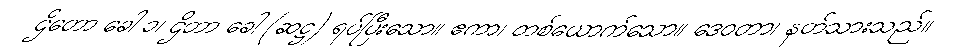
ဌိတော ခေါ ၁၊ ဌိတာ ခေါ (ဆဋ္ဌ) ရပ်ပြီးသော။ ဧကာ၊ တစ်ယောက်သော။ ဒေဝတာ၊ နတ်သားသည်။